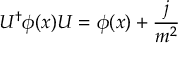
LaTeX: U ^ { \dagger } \phi ( x ) U = \phi ( x ) + { \frac { j } { m ^ { 2 } } }